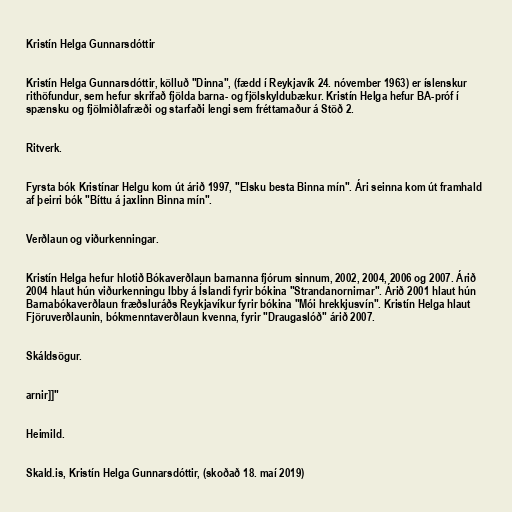
Kristín Helga Gunnarsdóttir

Kristín Helga Gunnarsdóttir, kölluð "Dinna", (fædd í Reykjavík 24. nóvember 1963) er íslenskur
rithöfundur, sem hefur skrifað fjölda barna- og fjölskyldubækur. Kristín Helga hefur BA-próf í
spænsku og fjölmiðlafræði og starfaði lengi sem fréttamaður á Stöð 2.

Ritverk.

Fyrsta bók Kristínar Helgu kom út árið 1997, "Elsku besta Binna mín". Ári seinna kom út framhald
af þeirri bók "Bíttu á jaxlinn Binna mín".

Verðlaun og viðurkenningar.

Kristín Helga hefur hlotið Bókaverðlaun barnanna fjórum sinnum, 2002, 2004, 2006 og 2007. Árið
2004 hlaut hún viðurkenningu Ibby á Íslandi fyrir bókina "Strandanornirnar". Árið 2001 hlaut hún
Barnabókaverðlaun fræðsluráðs Reykjavíkur fyrir bókina "Mói hrekkjusvín". Kristín Helga hlaut
Fjöruverðlaunin, bókmenntaverðlaun kvenna, fyrir "Draugaslóð" árið 2007.

Skáldsögur.

arnir]]"

Heimild.

Skald.is, Kristín Helga Gunnarsdóttir, (skoðað 18. maí 2019)